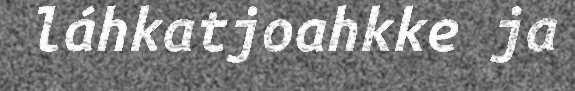
láhkatjoahkke ja